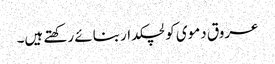
عروق دموی کو لچکدار بنائے رکھتے ہیں۔